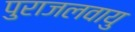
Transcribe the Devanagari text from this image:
पुराजलवायु